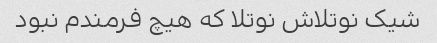
شیک نوتلاش نوتلا که هیچ فرمندم نبود